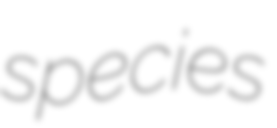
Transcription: species